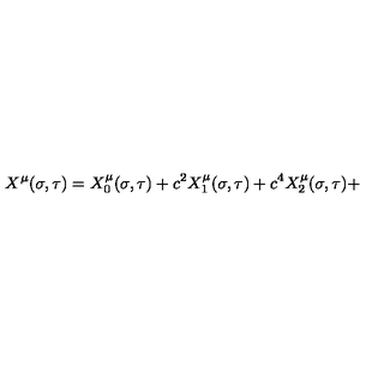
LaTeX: X ^ { \mu } ( \sigma , \tau ) = X _ { 0 } ^ { \mu } ( \sigma , \tau ) + c ^ { 2 } X _ { 1 } ^ { \mu } ( \sigma , \tau ) + c ^ { 4 } X _ { 2 } ^ { \mu } ( \sigma , \tau ) +